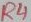
Text: R4